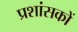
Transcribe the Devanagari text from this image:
प्रशांसकों